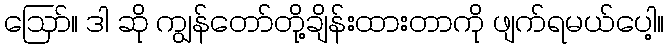
ဪ။ ဒါ ဆို ကျွန်တော်တို့ချိန်းထားတာကို ဖျက်ရမယ်ပေါ့။